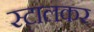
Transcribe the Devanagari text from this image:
स्टालकर